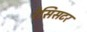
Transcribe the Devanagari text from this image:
रेसिसटर